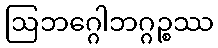
ဩဘဂ္ဂေါဘဂ္ဂဉ္စဿ